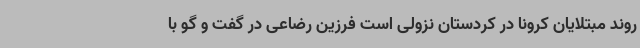
روند مبتلایان کرونا در کردستان نزولی است فرزین رضاعی در گفت و گو با